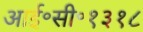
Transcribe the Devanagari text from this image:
आई॰सी॰१३१८